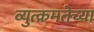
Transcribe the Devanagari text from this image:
व्युत्क्रमतेच्या